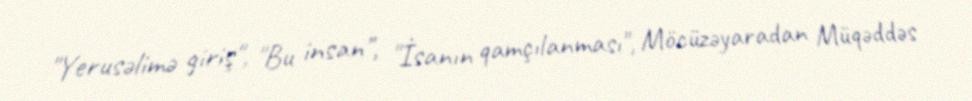
"Yerusəlimə giriş", "Bu insan", "İsanın qamçılanması", Möcüzəyaradan Müqəddəs